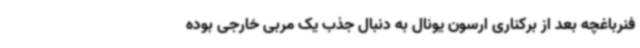
فنرباغچه بعد از برکناری ارسون یونال به دنبال جذب یک مربی خارجی بوده